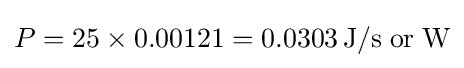
P=25\times 0.00121=0.0303\,{\text{J}}/{\text{s}}\;{\text{or}}\;{\text{W}}